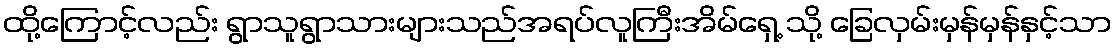
ထို့ကြောင့်လည်း ရွာသူရွာသားများသည်အရပ်လူကြီးအိမ်ရှေ့ သို့ ခြေလှမ်းမှန်မှန်နှင့်သာ